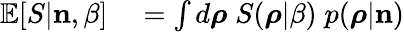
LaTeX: \begin{array}{rl}{\mathbb{E}[S|{\mathbf n},\beta]}&{{}=\int d\boldsymbol{\rho}\; S(\boldsymbol{\rho}|\beta)\; p(\boldsymbol{\rho}|{\mathbf n})}\end{array}